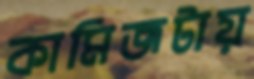
কামিজটায়